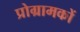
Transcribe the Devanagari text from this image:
प्रोग्रामकों